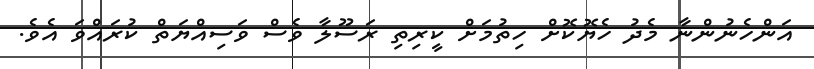
އަންހެނުންނާ މެދު ހެޔޮކޮށް ހިތުމަށް ކީރިތި ރަސޫލާ ވެސް ވަސިއްޔަތް ކުރައްވަ އެވެ.